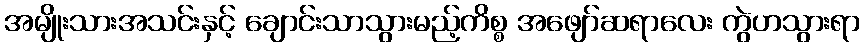
အမျိုးသားအသင်းနှင့် ချောင်းသာသွားမည့်ကိစ္စ အဖျော်ဆရာလေး ကွဲဟသွားရာ